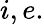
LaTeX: i,e.